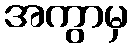
အကွာမှ